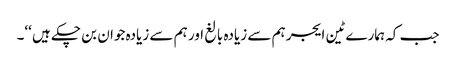
جب کہ ہمارے ٹین ایجر ہم سے زیادہ بالغ اور ہم سے زیادہ جوان بن چکے ہیں ‘‘۔